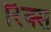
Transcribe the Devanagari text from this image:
रिंक्स